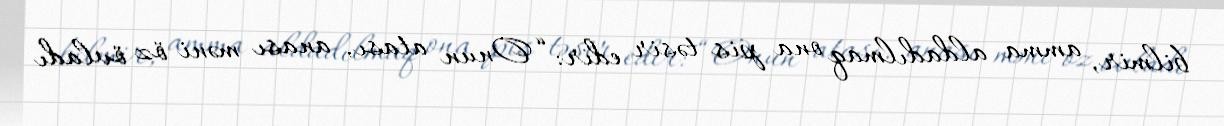
bilmir, amma aldadılmaq ona pis təsir edir: “Onun atası, anası məni öz övladı